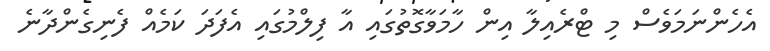
އެހެންނަމަވެސް މި ޓްރެއިލާ އިން ހާމަވާގޮތުގައި އާ ފިލްމުގައި އެފަދަ ކަމެއް ފެނިގެންދާނެ